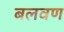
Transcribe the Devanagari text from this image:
बलवण